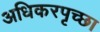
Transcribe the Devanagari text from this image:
अधिकरपृच्छा